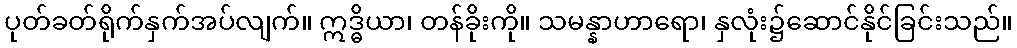
ပုတ်ခတ်ရိုက်နှက်အပ်လျက်။ ဣဒ္ဓိယာ၊ တန်ခိုးကို။ သမန္နာဟာရော၊ နှလုံး၌ဆောင်နိုင်ခြင်းသည်။